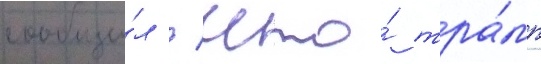
сообщи́л / что́ тра́мп